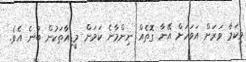
މިކަމާ ވަރަށް އަވަހަށް އޭނާ ގޮތެއް ނިންމާނެ ކަމަށް މީޑިއާތަކުން ބުނެ އެވެ.